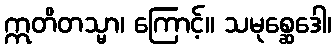
ဣတိတသ္မာ၊ ကြောင့်။ သမုစ္ဆေဒေါ၊